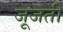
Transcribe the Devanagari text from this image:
जूजती